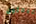
يبحثون